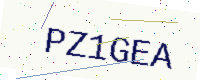
Text: PZ1GEA